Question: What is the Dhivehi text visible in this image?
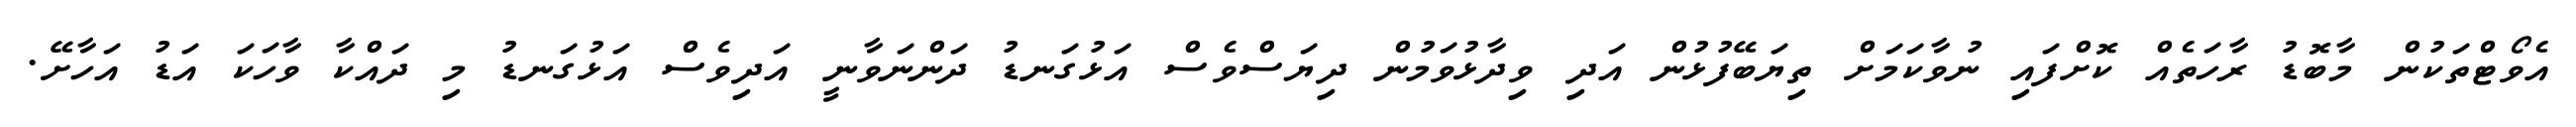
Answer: އެވޯޓްތަކުން މާބޮޑު ރާހަތެއް ކޮށްފައި ނުވާކަމަށް ތިޔަބޭފުޅުން އަދި ވިދާޅުވަމުން ދިޔަސްވެސް އަޅުގަނޑު ދަންނަވާނީ އަދިވެސް އަޅުގަނޑު މި ދައްކާ ވާހަކަ އަޑު އަހާށޭ.